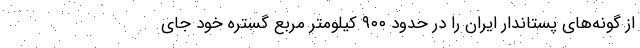
از گونه‌های پستاندار ایران را در حدود ۹۰۰ کیلومتر مربع گستره خود جای